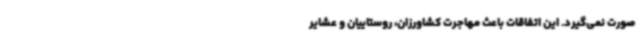
صورت نمی‌گیرد. این اتفاقات باعث مهاجرت کشاورزان، روستاییان و عشایر